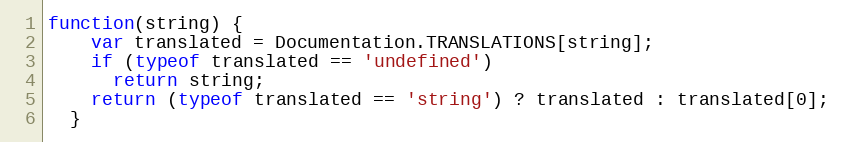
Language: JavaScript
function(string) {
    var translated = Documentation.TRANSLATIONS[string];
    if (typeof translated == 'undefined')
      return string;
    return (typeof translated == 'string') ? translated : translated[0];
  }